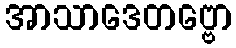
အာသာဒေတဗ္ဗော